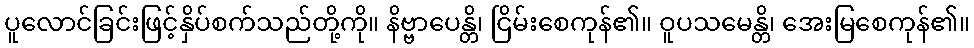
ပူလောင်ခြင်းဖြင့်နှိပ်စက်သည်တို့ကို။ နိဗ္ဗာပေန္တိ၊ ငြိမ်းစေကုန်၏။ ဝူပသမေန္တိ၊ အေးမြစေကုန်၏။